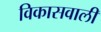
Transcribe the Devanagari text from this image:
विकासवाली